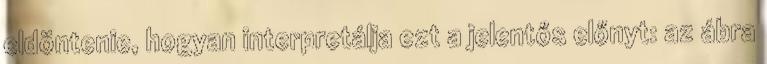
eldöntenie, hogyan interpretálja ezt a jelentős előnyt: az ábra